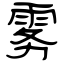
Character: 雾